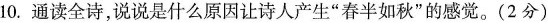
10.通读全诗，说说是什么原因让诗人产生”春半如秋”的感觉。(2分)